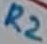
Text: R2